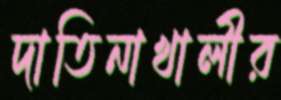
দাতিনাখালীর